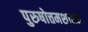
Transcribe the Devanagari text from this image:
पुरुषोत्तमशास्त्री